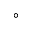
^ \circ